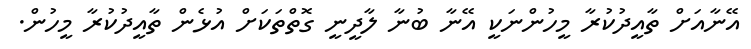
އޭނާއަށް ތާއީދުކުރާ މީހުންނަކީ އޭނާ ބުނާ ލާދީނީ ގޮތްތަކަށް އުޅެން ތާއީދުކުރާ މީހުން.